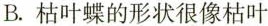
B. 枯叶蝶的形状很像枯叶